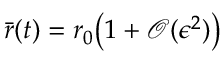
\bar { r } ( t ) = r _ { 0 } \bigl ( 1 + \mathcal { O } ( \epsilon ^ { 2 } ) \bigr )